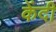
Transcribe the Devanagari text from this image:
केंदी